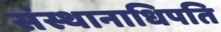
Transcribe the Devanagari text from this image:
संस्थानाधिपति